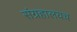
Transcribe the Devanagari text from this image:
संग्रहालयच